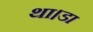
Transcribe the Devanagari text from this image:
था।डा